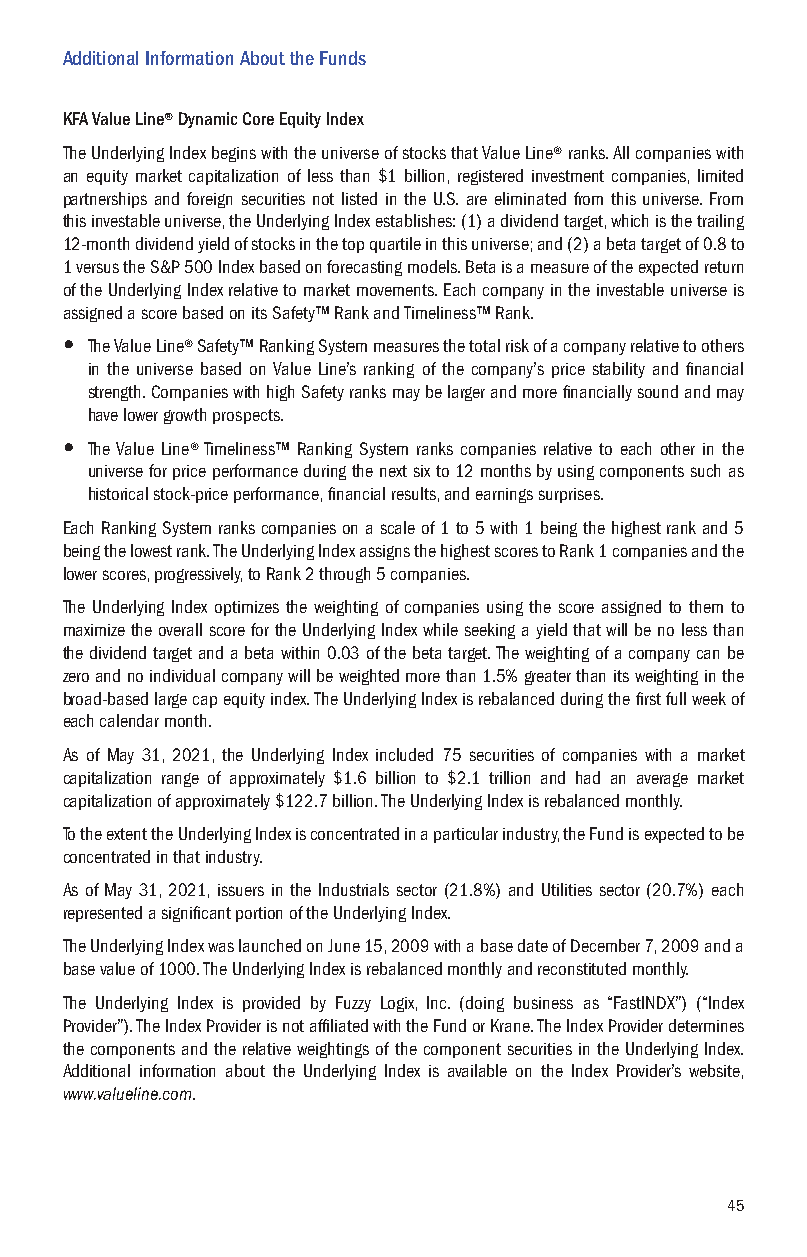
Additional Information About the Funds
 KFA Value Line® Dynamic Core Equity Index
 The Underlying Index begins with the universe of stocks that Value Line® ranks. All companies with
 an equity market capitalization of less than $1 billion, registered investment companies, limited
 partnerships and foreign securities not listed in the U.S. are eliminated from this universe. From
 this investable universe, the Underlying Index establishes: (1) a dividend target, which is the trailing
 12-month dividend yield of stocks in the top quartile in this universe; and (2) a beta target of 0.8 to
 1 versus the S&P 500 Index based on forecasting models. Beta is a measure of the expected return
 of the Underlying Index relative to market movements. Each company in the investable universe is
 assigned a score based on its Safety™ Rank and Timeliness™ Rank.
 y The Value Line® Safety™ Ranking System measures the total risk of a company relative to others
 in the universe based on Value Line’s ranking of the company’s price stability and financial
 strength. Companies with high Safety ranks may be larger and more financially sound and may
 have lower growth prospects.
 y The Value Line® Timeliness™ Ranking System ranks companies relative to each other in the
 universe for price performance during the next six to 12 months by using components such as
 historical stock-price performance, financial results, and earnings surprises.
 Each Ranking System ranks companies on a scale of 1 to 5 with 1 being the highest rank and 5
 being the lowest rank. The Underlying Index assigns the highest scores to Rank 1 companies and the
 lower scores, progressively, to Rank 2 through 5 companies.
 The Underlying Index optimizes the weighting of companies using the score assigned to them to
 maximize the overall score for the Underlying Index while seeking a yield that will be no less than
 the dividend target and a beta within 0.03 of the beta target. The weighting of a company can be
 zero and no individual company will be weighted more than 1.5% greater than its weighting in the
 broad-based large cap equity index. The Underlying Index is rebalanced during the first full week of
 each calendar month.
 As of May 31, 2021, the Underlying Index included 75 securities of companies with a market
 capitalization range of approximately $1.6 billion to $2.1 trillion and had an average market
 capitalization of approximately $122.7 billion. The Underlying Index is rebalanced monthly.
 To the extent the Underlying Index is concentrated in a particular industry, the Fund is expected to be
 concentrated in that industry.
 As of May 31, 2021, issuers in the Industrials sector (21.8%) and Utilities sector (20.7%) each
 represented a significant portion of the Underlying Index.
 The Underlying Index was launched on June 15, 2009 with a base date of December 7, 2009 and a
 base value of 1000. The Underlying Index is rebalanced monthly and reconstituted monthly.
 The Underlying Index is provided by Fuzzy Logix, Inc. (doing business as “FastINDX”) (“Index
 Provider”). The Index Provider is not affiliated with the Fund or Krane. The Index Provider determines
 the components and the relative weightings of the component securities in the Underlying Index.
 Additional information about the Underlying Index is available on the Index Provider’s website,
 www.valueline.com.
 45